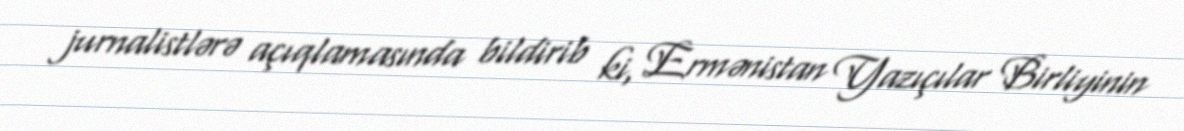
jurnalistlərə açıqlamasında bildirib ki, Ermənistan Yazıçılar Birliyinin